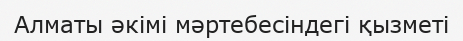
Алматы әкімі мәртебесіндегі қызметі